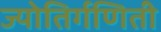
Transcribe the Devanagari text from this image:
ज्योतिर्गणिती